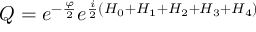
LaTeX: Q = e ^ { - { \frac { \varphi } { 2 } } } e ^ { { \frac { i } { 2 } } \left( H _ { 0 } + H _ { 1 } + H _ { 2 } + H _ { 3 } + H _ { 4 } \right) }